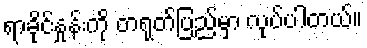
ရာခိုင်နှုန်းကို တရုတ်ပြည်မှာ လုပ်ပါတယ်။